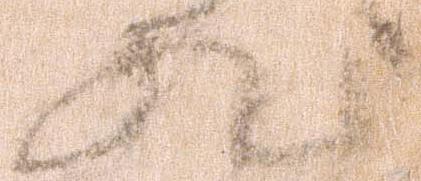
状